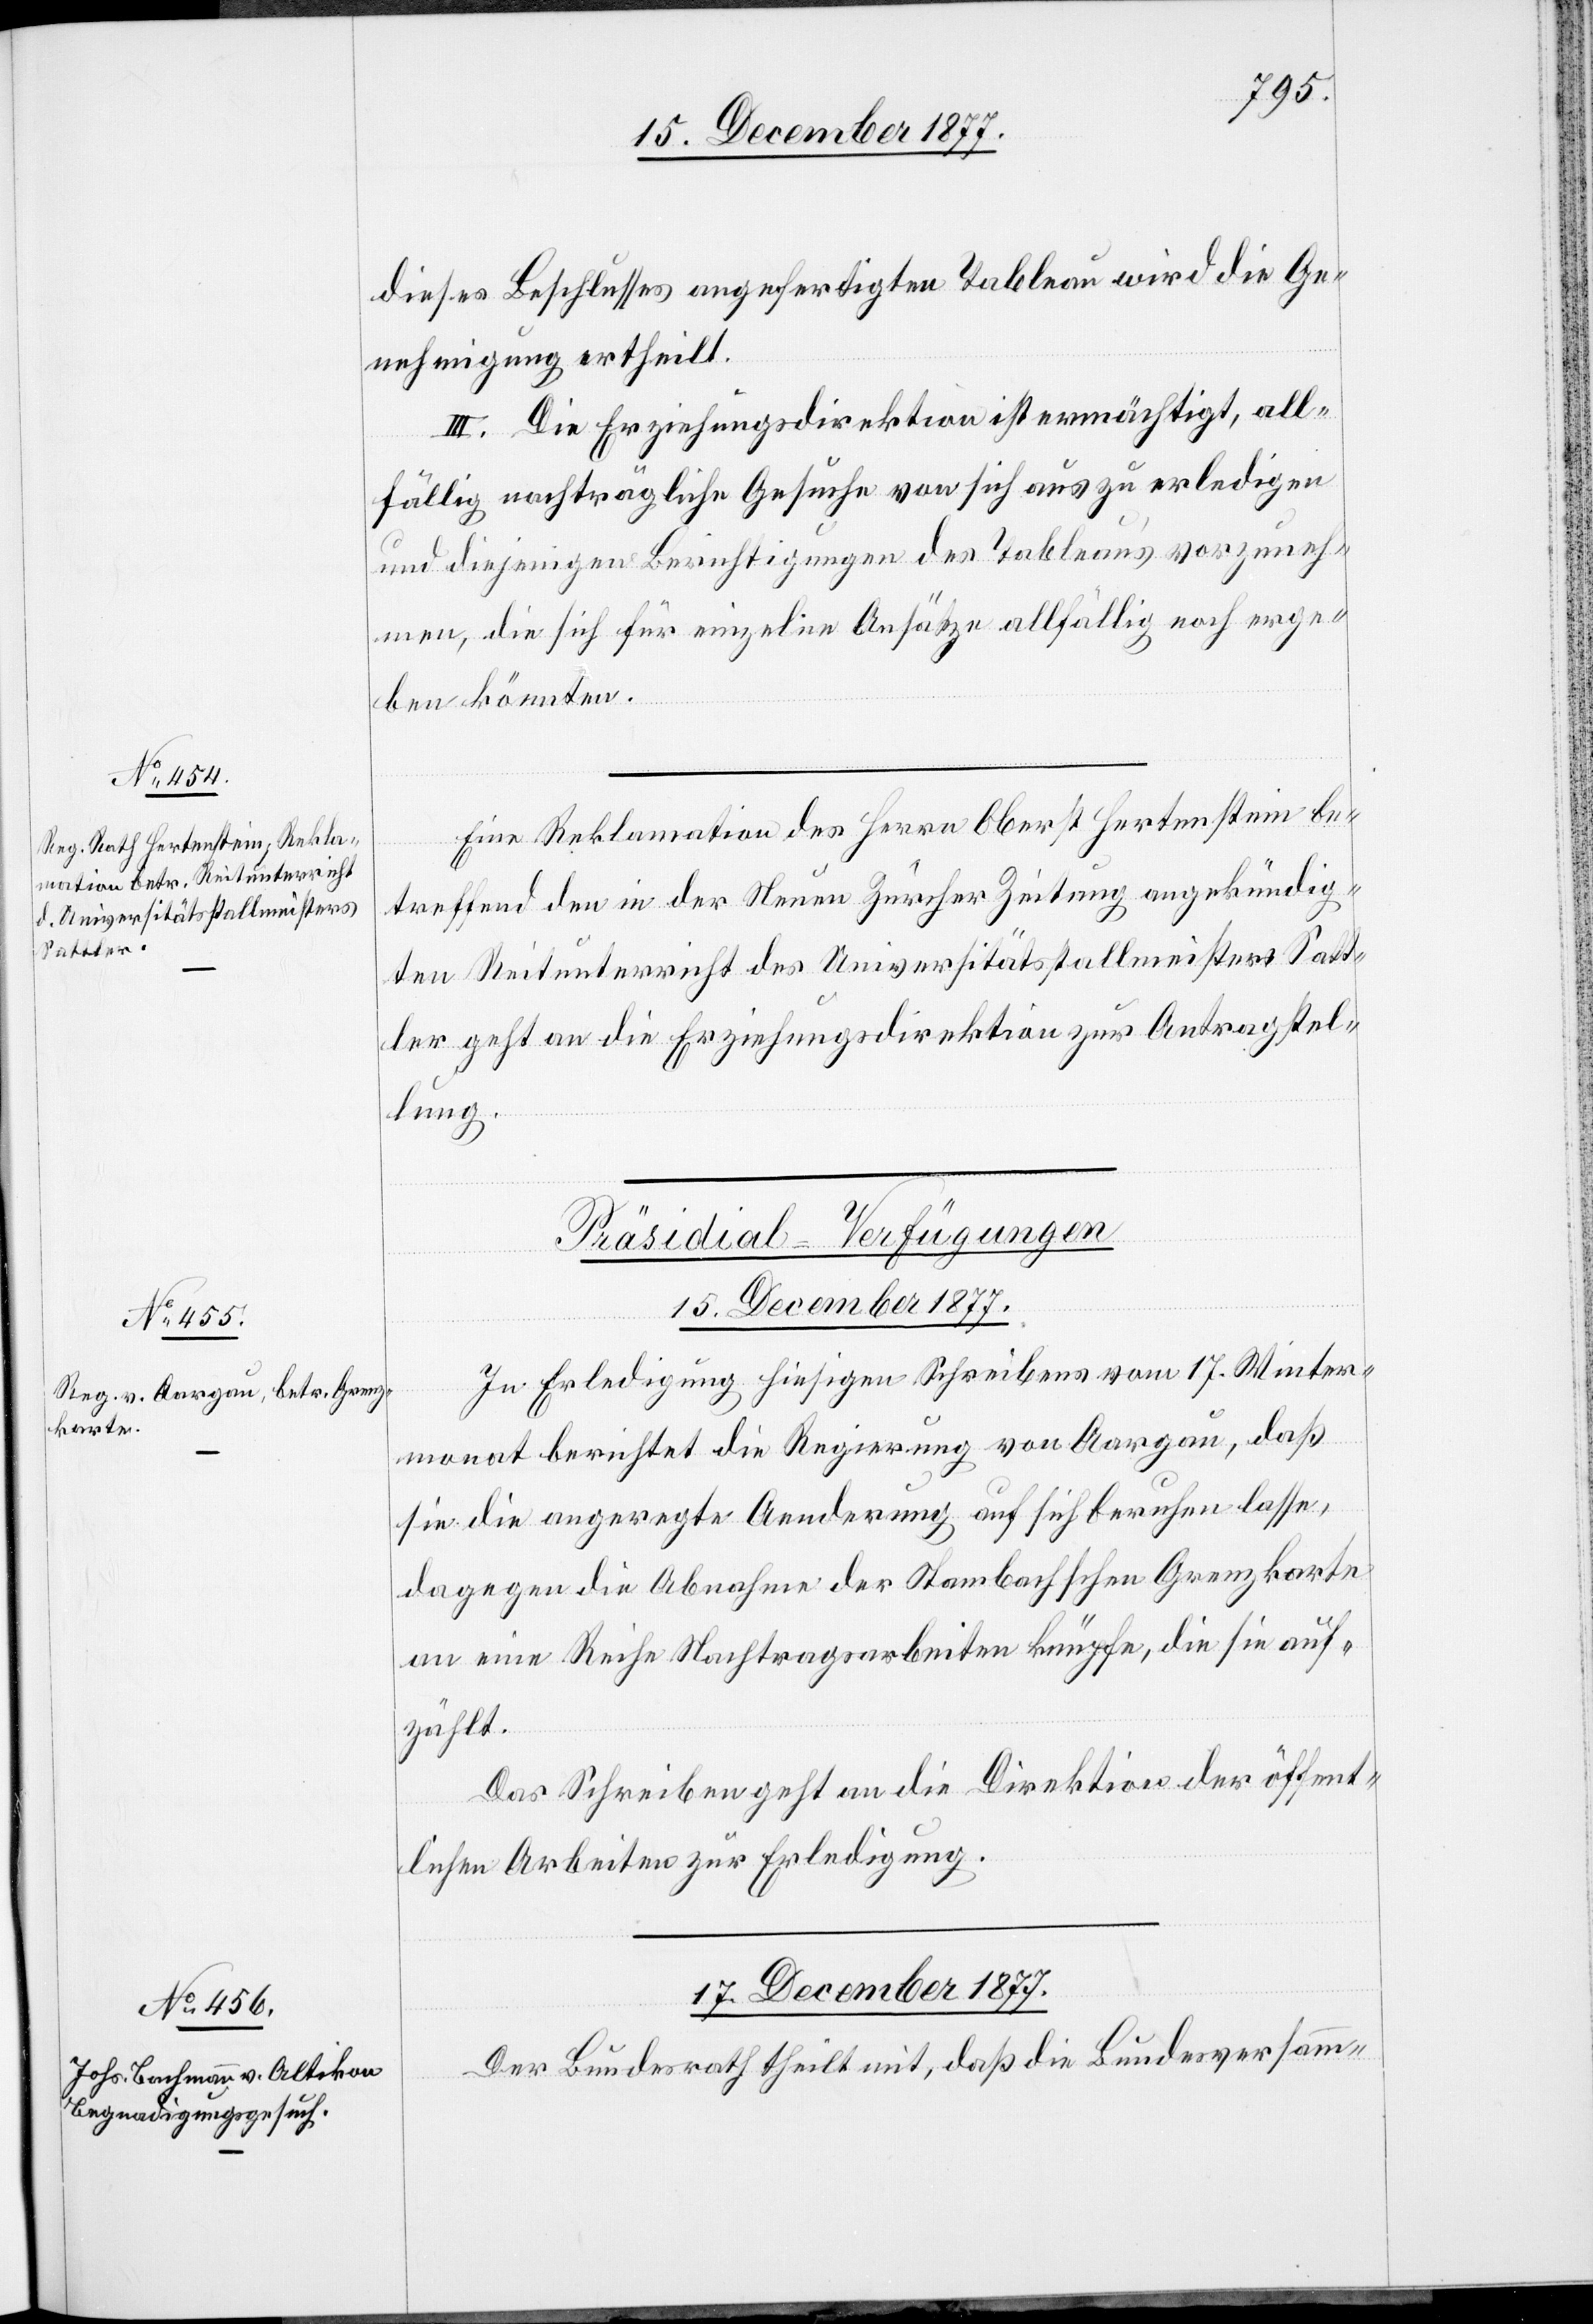
15. December 1877.
dieses Beschlusses angefertigten Tableau wird die Ge¬
nehmigung ertheilt.
III. Die Erziehungsdirektion ist ermächtigt, all¬
fällig nachträgliche Gesuche von sich aus zu erledigen
und diejenigen Berichtigungen des Tableau’s vorzuneh¬
men, die sich für einzelne Ansätze allfällig noch erge¬
ben könnten.
Eine Reklamation des Herrn Oberst Hertenstein be¬
treffend den in der Neuen Zürcher Zeitung angekündig¬
ten Reitunterricht des Universitätsstallmeisters Satt¬
ler geht an die Erziehungsdirektion zur Antragstel¬
lung.
[Präsidial-Verfügungen]
In Erledigung hiesigen Schreibens vom 17. Winter¬
monat berichtet die Regierung von Aargau, daß
sie die angeregte Aenderung auf sich beruhen lasse,
dagegen die Abnahme der Stambachschen Grenzkarte
an eine Reihe Nachtragsarbeiten knüpfe, die sie auf¬
zählt.
Das Schreiben geht an die Direktion der öffent¬
lichen Arbeiten zur Erledigung.
17. December 1877.
Der Bundesrath theilt mit, daß die Bundesversamm-